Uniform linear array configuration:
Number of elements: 32
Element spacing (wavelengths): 0.75
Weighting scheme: kaiser
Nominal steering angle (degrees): -45
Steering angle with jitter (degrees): -45.002
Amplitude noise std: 0.05
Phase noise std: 0.05

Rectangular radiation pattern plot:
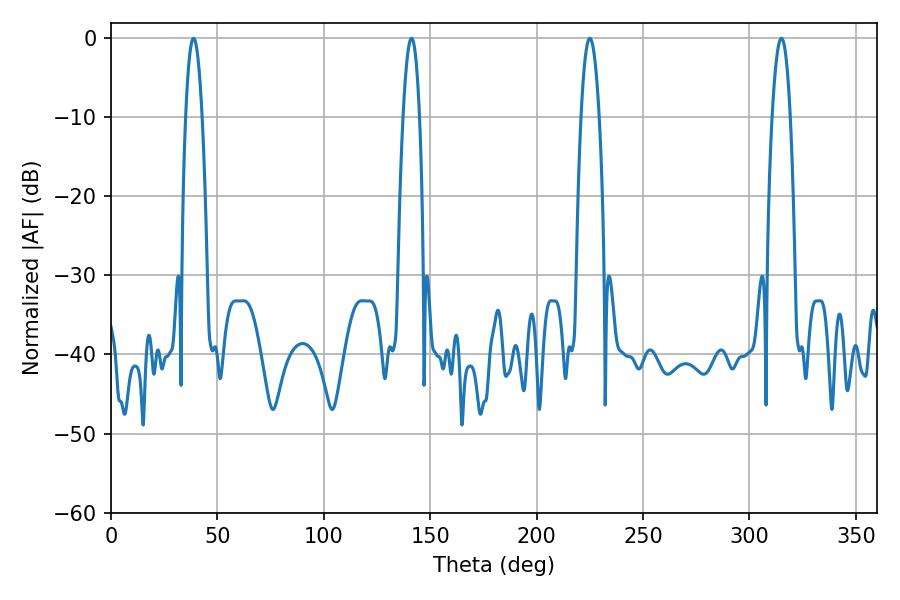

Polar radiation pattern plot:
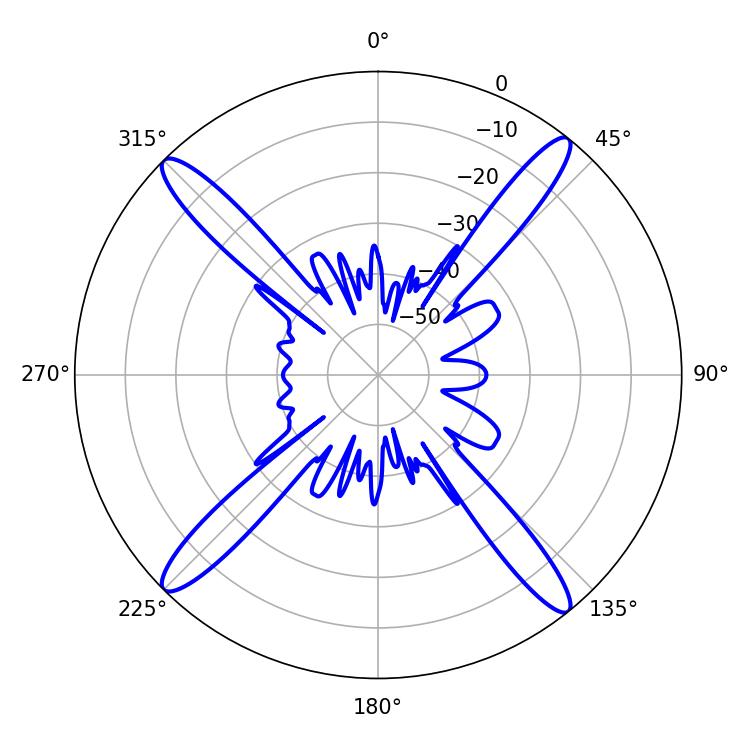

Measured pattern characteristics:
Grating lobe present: TRUE
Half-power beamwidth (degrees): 4.68
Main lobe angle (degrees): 225